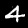
Digit: 4